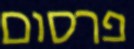
פרסום